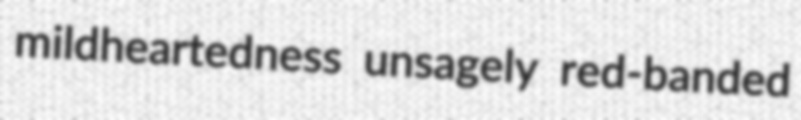
mildheartedness unsagely red-banded